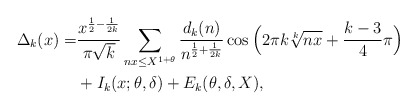
\begin{align*} \Delta_k(x)=&\frac{x^{\frac{1}{2}-\frac{1}{2k}}}{\pi \sqrt{k}}\sum_{nx \le X^{1+\theta}}\frac{d_k(n)}{n^{\frac12+\frac{1}{2k}}}\cos\Big(2\pi k \sqrt[k]{nx}+\frac{k-3}{4}\pi\Big) \\&+I_{k}(x;\theta, \delta)+E_k(\theta, \delta, X),\end{align*}